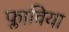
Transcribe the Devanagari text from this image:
फ्लाविया